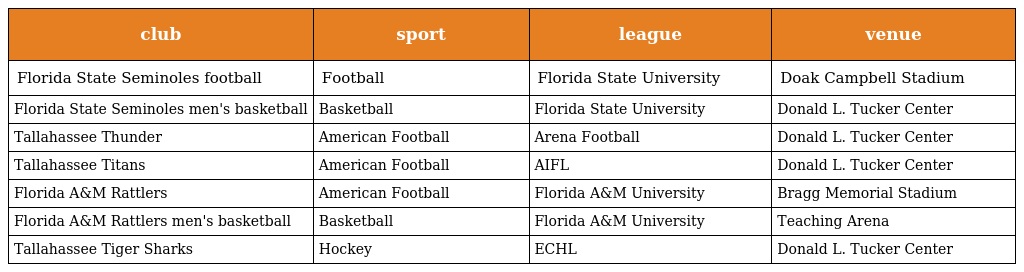
| club | sport | league | venue |
 | --- | --- | --- | --- |
 | Florida State Seminoles football | Football | Florida State University | Doak Campbell Stadium |
 | Florida State Seminoles men's basketball | Basketball | Florida State University | Donald L. Tucker Center |
 | Tallahassee Thunder | American Football | Arena Football | Donald L. Tucker Center |
 | Tallahassee Titans | American Football | AIFL | Donald L. Tucker Center |
 | Florida A&M Rattlers | American Football | Florida A&M University | Bragg Memorial Stadium |
 | Florida A&M Rattlers men's basketball | Basketball | Florida A&M University | Teaching Arena |
 | Tallahassee Tiger Sharks | Hockey | ECHL | Donald L. Tucker Center |